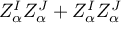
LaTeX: Z _ { \alpha } ^ { I } Z _ { \alpha } ^ { J } + Z _ { \alpha } ^ { I } Z _ { \alpha } ^ { J }